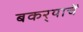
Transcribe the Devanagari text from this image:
बकर्‍याचें